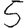
Digit: 5